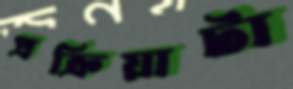
প্রক্রিয়াটা